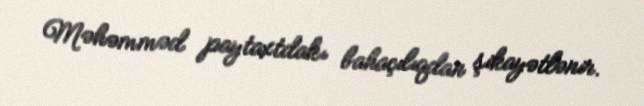
Məhəmməd paytaxtdakı bahaçılıqdan şikayətlənir.